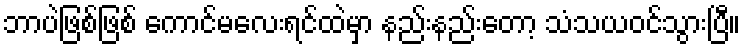
ဘာပဲဖြစ်ဖြစ် ကောင်မလေးရင်ထဲမှာ နည်းနည်းတော့ သံသယဝင်သွားပြီ။